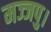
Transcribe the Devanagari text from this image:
मज्जपु।